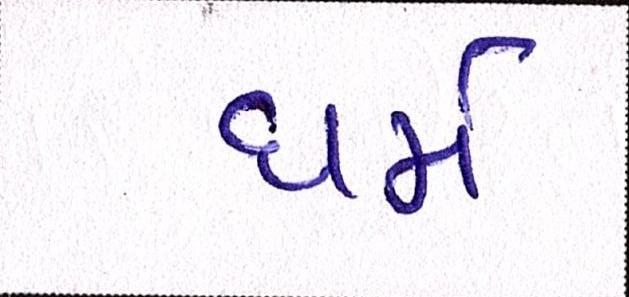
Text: ધર્મ